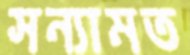
সন্যামত